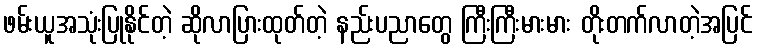
ဖမ်းယူအသုံးပြုနိုင်တဲ့ ဆိုလာပြားထုတ်တဲ့ နည်းပညာတွေ ကြီးကြီးမားမား တိုးတက်လာတဲ့အပြင်